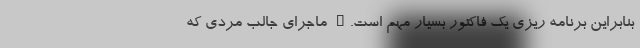
بنابراین برنامه ریزی یک فاکتور بسیار مهم است." ماجرای جالب مردی که